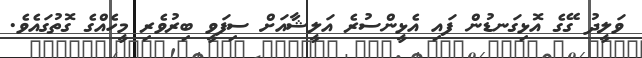
ވަލީދު ގޭގެ އޮޅިގަނޑުން ފައި އެޅީންސުރެ އަލީޝާާއަށް ސިފަވީ ބިރުވެރި މީހެއްގެ ގޮތުގައެވެ.